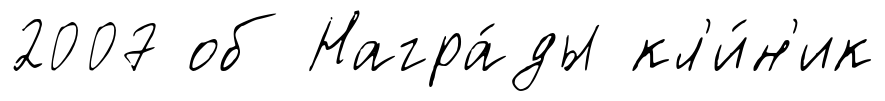
2007 об Награ́ды кл'и́н'ик